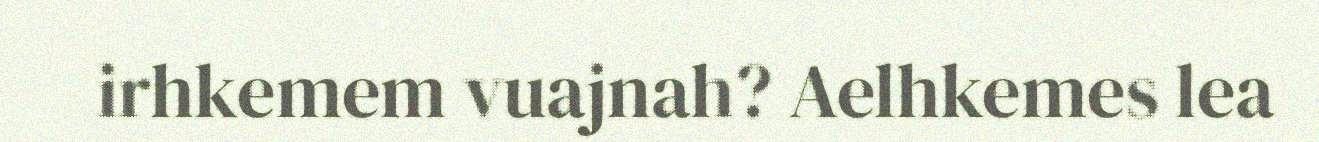
irhkemem vuajnah? Aelhkemes lea